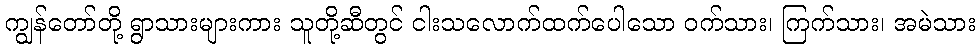
ကျွန်တော်တို့ ရွာသားများကား သူတို့ဆီတွင် ငါးသလောက်ထက်ပေါသော ဝက်သား၊ ကြက်သား၊ အမဲသား